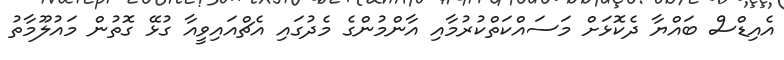
އެއިޑްސް ބައްޔާ ދެކޮޅަށް މަސައްކަތްކުރުމާއި އާންމުންގެ މެދުގައި އެޗްއައިވީއާ ގުޅޭ ގޮތުން މައުލޫމާތު